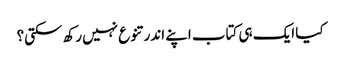
کیا ایک ہی کتاب اپنے اندر تنوع نہیں رکھ سکتی؟